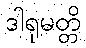
ဒါရုမတ္တိ